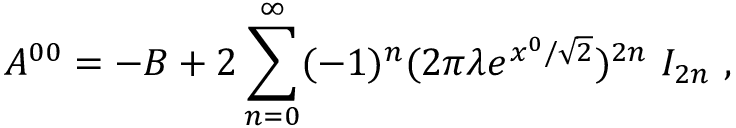
{ \cal A } ^ { 0 0 } = - { \cal B } + 2 \sum _ { n = 0 } ^ { \infty } ( - 1 ) ^ { n } ( 2 \pi \lambda e ^ { x ^ { 0 } / \sqrt { 2 } } ) ^ { 2 n } ~ I _ { 2 n } ~ ,